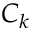
C _ { k }